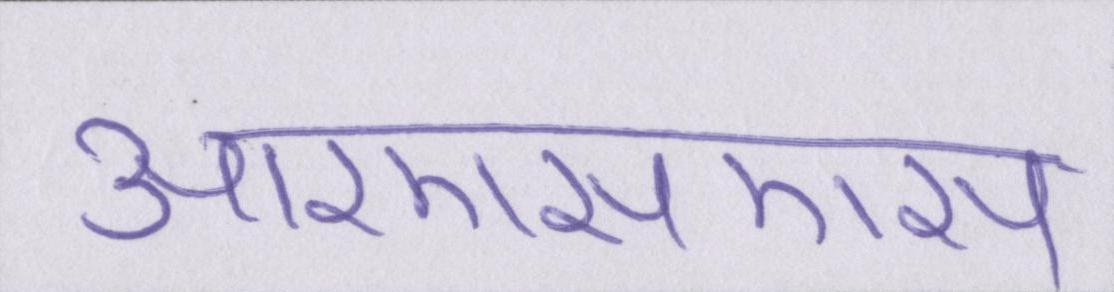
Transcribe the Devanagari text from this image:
आरएसएस